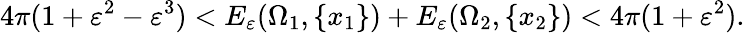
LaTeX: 4\pi(1+\varepsilon^{2}-\varepsilon^{3})<E_{\varepsilon}(\Omega_{1},\{ x_{1}\} )+E_{\varepsilon}(\Omega_{2},\{ x_{2}\} )<4\pi(1+\varepsilon^{2}).